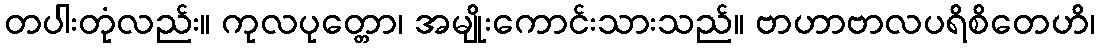
တပါးတုံလည်း။ ကုလပုတ္တော၊ အမျိုးကောင်းသားသည်။ ဗာဟာဗာလပရိစိတေဟိ၊